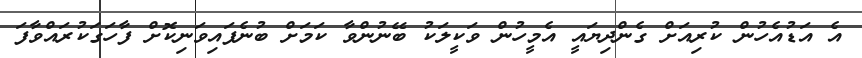
އެ އަޑުއެހުން ކުރިއަށް ގެންދިޔައީ އެމީހުން ވަކީލަކު ބޭނުންވާ ކަމަށް ބުނެފައިވަނިކޮށް ފާހަގަކުރައްވާފަ